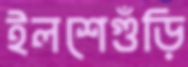
ইলশেগুঁড়ি